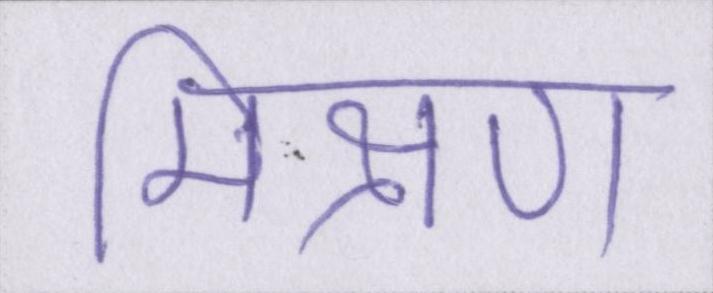
मिश्रण